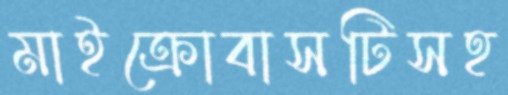
মাইক্রোবাসটিসহ